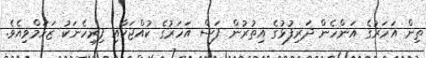
ތިން އަހަރުގެ އަންހެން ދަރިފުޅުގެ އިތުރުން ފަސް އަހަރުގެ ކުއްޖަކާއި ފިރިހެނަކު ޒަހަމްވިއެވެ.